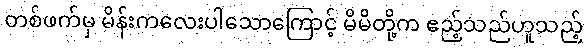
တစ်ဖက်မှ မိန်းကလေးပါသောကြောင့် မိမိတို့က ဧည့်သည်ဟူသည့်